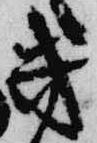
幾